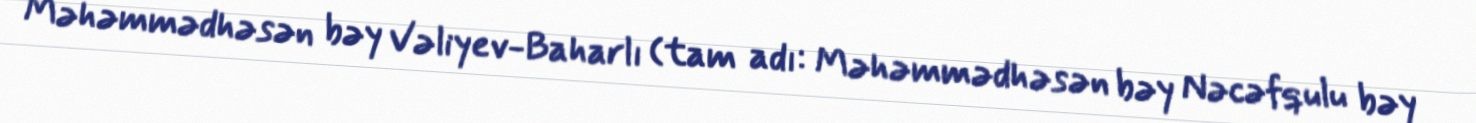
Məhəmmədhəsən bəy Vəliyev-Baharlı (tam adı: Məhəmmədhəsən bəy Nəcəfqulu bəy